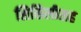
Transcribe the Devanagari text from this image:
सिसिलीसह